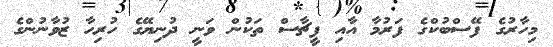
މިހާރުގެ ފޭސްބުކްގެ ފަރުމާ އާއި ފީޗާސް ތަކުން ވަނީ ދުނިޔޭގެ ހުރިހާ ޒުވާނުންގެ